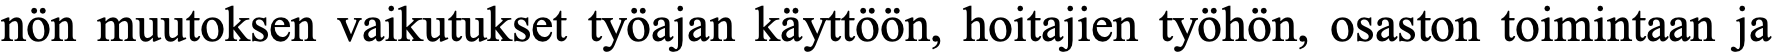
nön muutoksen vaikutukset työajan käyttöön, hoitajien työhön, osaston toimintaan ja